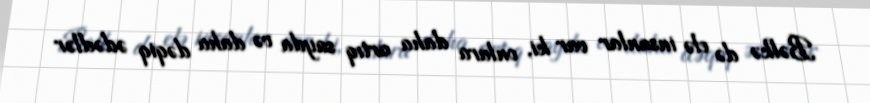
Bəlkə də elə insanlar var ki, onlara daha artıq sayda və daha dəqiq ədədlər